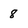
Character: 8